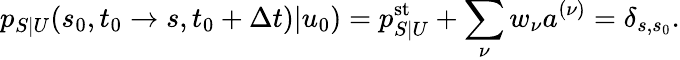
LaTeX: p_{S|U}(s_{0},t_{0}\to s,t_{0}+\Delta t)|u_{0})=p_{S|U}^{\mathrm{st}}+\sum_{\nu}w_{\nu}a^{(\nu)}=\delta_{s,s_{0}}.